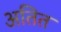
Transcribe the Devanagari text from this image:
अतित